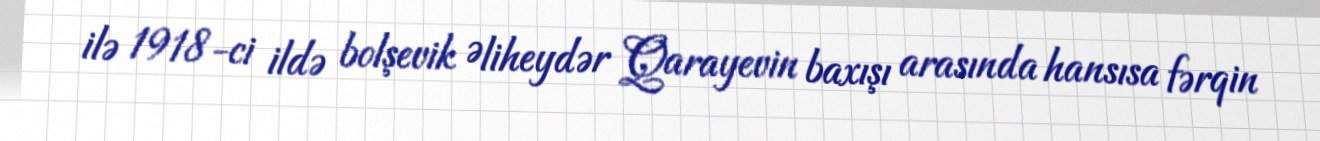
ilə 1918-ci ildə bolşevik Əliheydər Qarayevin baxışı arasında hansısa fərqin